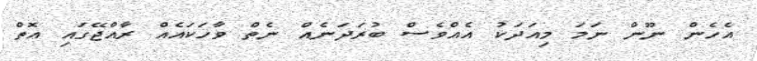
އެހެން ނޫން ނަމަ މިއަދަކު އެއްވެސް ބުރަދަނެއް ނެތް ވާހަކައެއް ރާއްޖޭގައި އޮތް